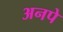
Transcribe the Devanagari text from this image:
अनपे